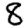
Digit: 8